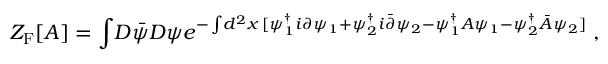
Z _ { \mathrm { F } } [ A ] = \int \! D { \bar { \psi } } D \psi e ^ { - \int \! d ^ { 2 } x \, [ \psi _ { 1 } ^ { \dagger } i \partial \psi _ { 1 } + \psi _ { 2 } ^ { \dagger } i { \bar { \partial } } \psi _ { 2 } - \psi _ { 1 } ^ { \dagger } A \psi _ { 1 } - \psi _ { 2 } ^ { \dagger } { \bar { A } } \psi _ { 2 } ] } \; ,